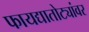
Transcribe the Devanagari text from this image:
फायद्यातोट्यांवर